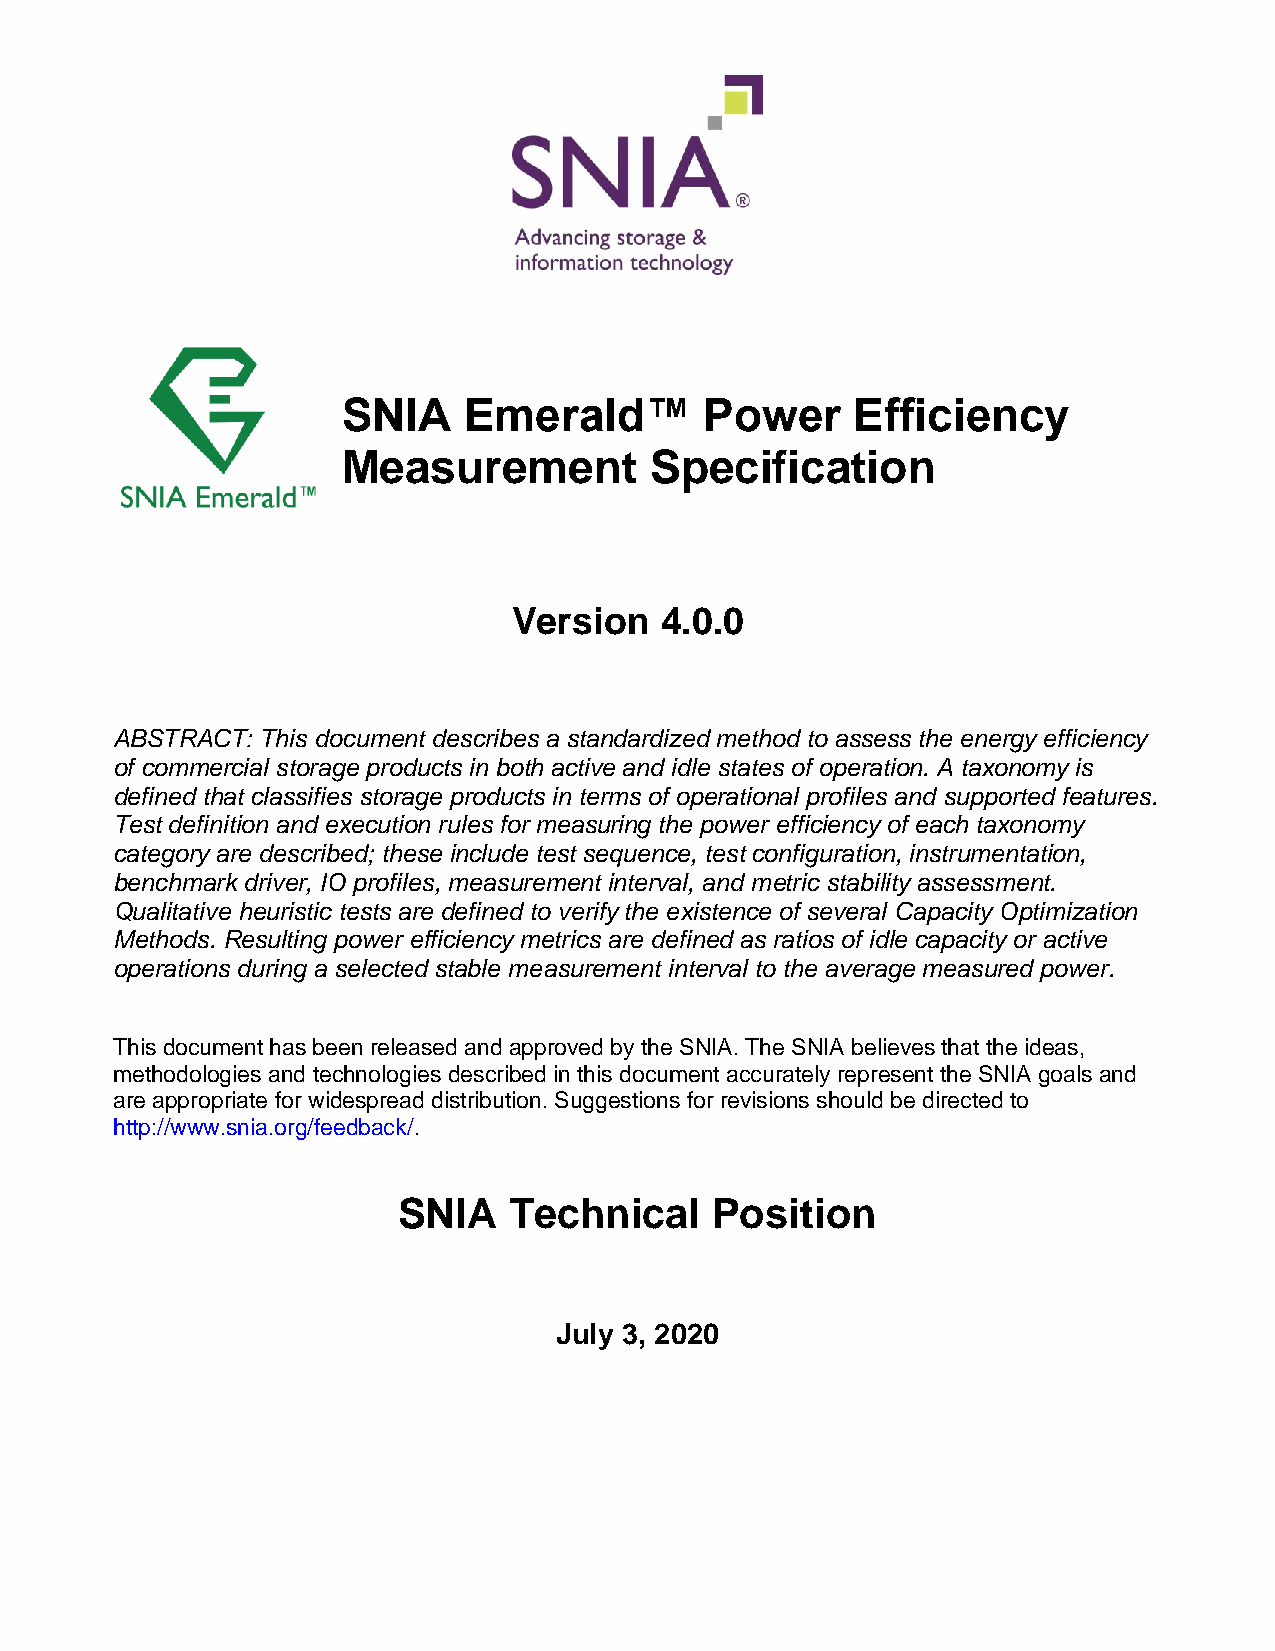
SNIA    Emerald™        Power     Efficiency
 Measurement         Specification
 Version   4.0.0
 ABSTRACT: This document describes a standardized method to assess the energy efficiency
 of commercial storage products in both active and idle states of operation. A taxonomy is
 defined that classifies storage products in terms of operational profiles and supported features.
 Test definition and execution rules for measuring the power efficiency of each taxonomy
 category are described; these include test sequence, test configuration, instrumentation,
 benchmark driver, IO profiles, measurement interval, and metric stability assessment.
 Qualitative heuristic tests are defined to verify the existence of several Capacity Optimization
 Methods. Resulting power efficiency metrics are defined as ratios of idle capacity or active
 operations during a selected stable measurement interval to the average measured power.
 This document has been released and approved by the SNIA. The SNIA believes that the ideas,
 methodologies and technologies described in this document accurately represent the SNIA goals and
 are appropriate for widespread distribution. Suggestions for revisions should be directed to
 http://www.snia.org/feedback/.
 SNIA    Technical    Position
 July 3, 2020